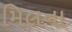
મિલના